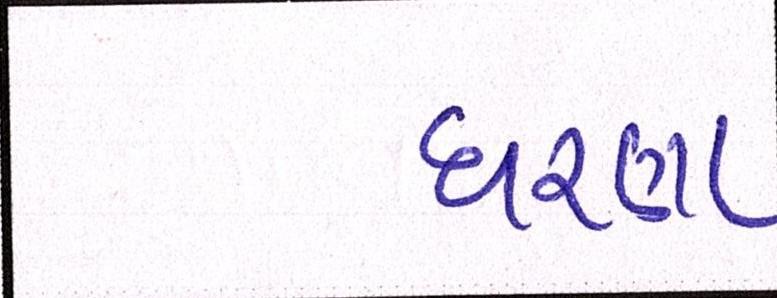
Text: ધરણા